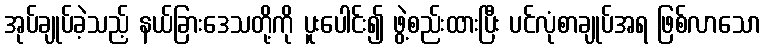
အုပ်ချုပ်ခဲ့သည့် နယ်ခြားဒေသတို့ကို ပူးပေါင်း၍ ဖွဲ့စည်းထားပြီး ပင်လုံစာချုပ်အရ ဖြစ်လာသော